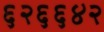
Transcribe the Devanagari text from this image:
६२६६४२